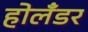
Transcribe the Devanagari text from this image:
होलँडर